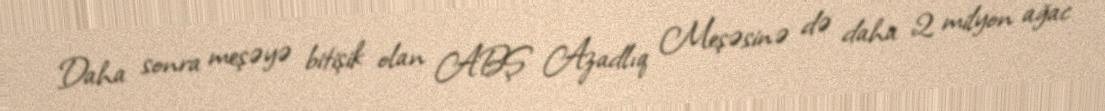
Daha sonra meşəyə bitişik olan ABŞ Azadlıq Meşəsinə də daha 2 milyon ağac